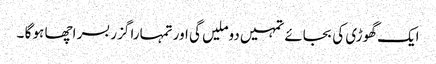
ایک گھوڑی کی بجائے تمہیں دوملیں گی اور تمہارا گزر بسر اچھا ہو گا ۔